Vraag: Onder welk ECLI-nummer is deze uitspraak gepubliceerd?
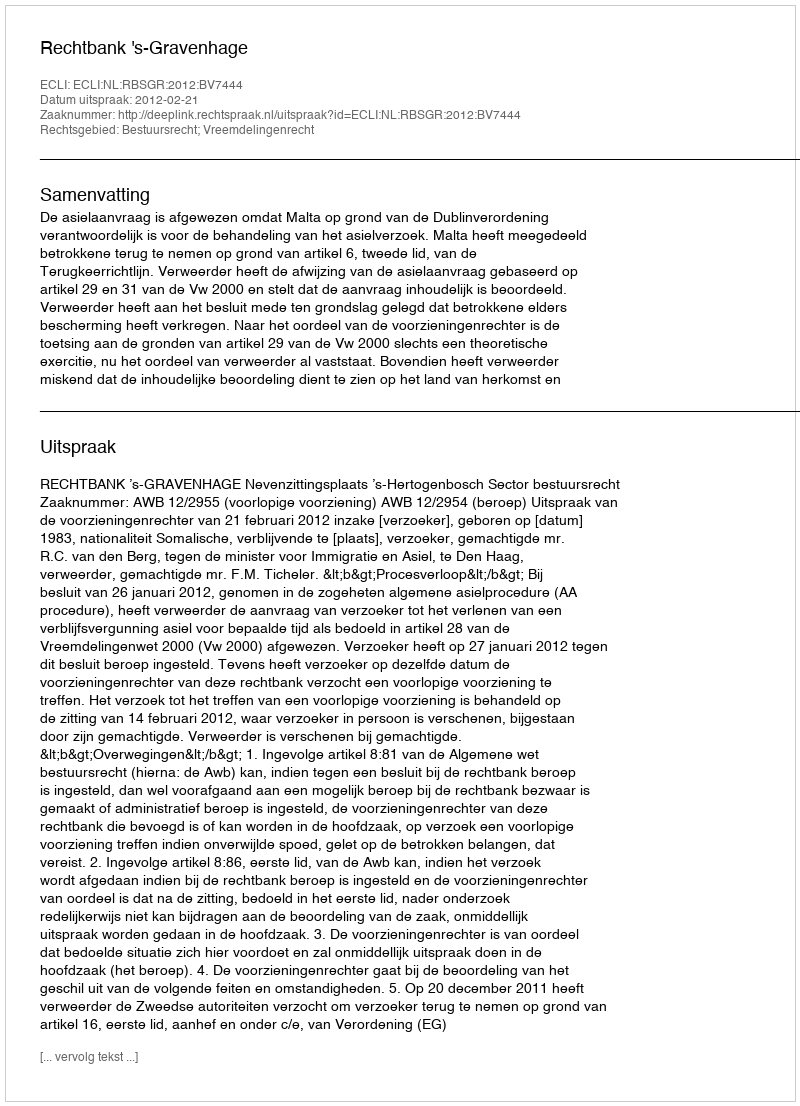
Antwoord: ECLI:NL:RBSGR:2012:BV7444